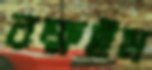
রক্ষইম